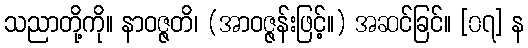
သညာတို့ကို။ နာဝဇ္ဇတိ၊ (အာဝဇ္ဇန်းဖြင့်။) အဆင်ခြင်။ [၀၇] န